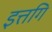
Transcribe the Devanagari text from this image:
इत्तगि